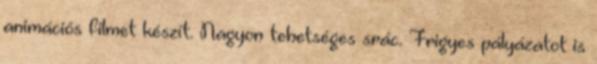
animációs filmet készít. Nagyon tehetséges srác. Frigyes pályázatot is